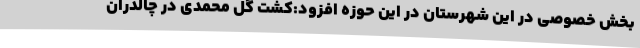
بخش خصوصی در این شهرستان در این حوزه افزود:کشت گل محمدی در چالدران